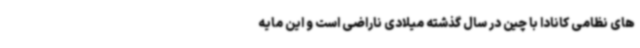
های نظامی کانادا با چین در سال گذشته میلادی ناراضی است و این مایه